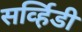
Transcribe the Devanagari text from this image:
सर्व्हिडी